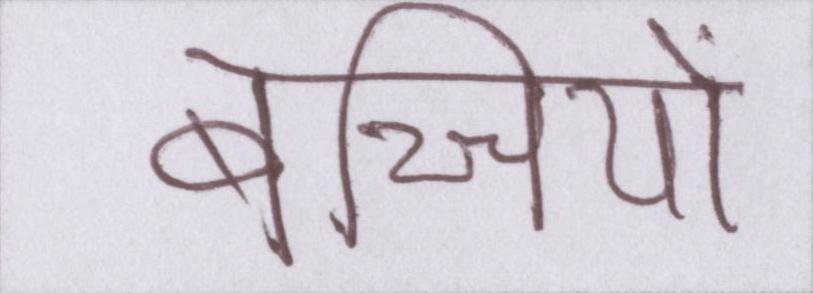
बच्चियों